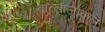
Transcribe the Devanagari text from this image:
वात्नाजोकुल